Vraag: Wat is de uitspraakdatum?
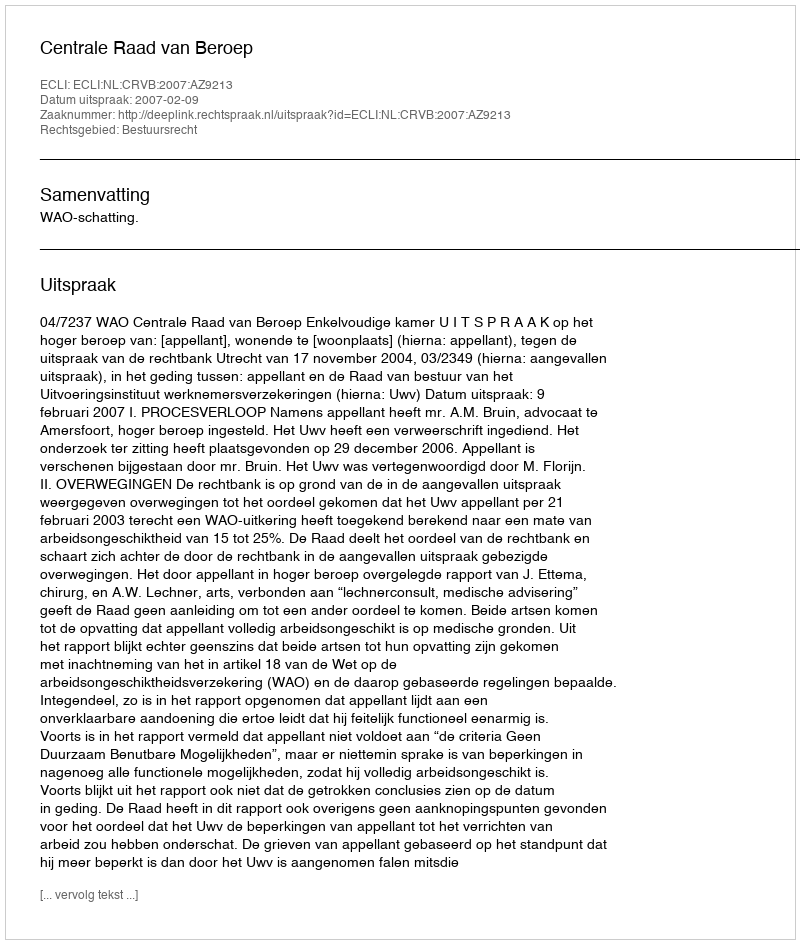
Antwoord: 2007-02-09